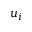
u _ { i }